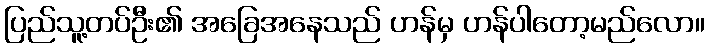
ပြည်သူ့တပ်ဦး၏ အခြေအနေသည် ဟန်မှ ဟန်ပါတော့မည်လော။